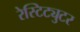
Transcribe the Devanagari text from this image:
रेस्टिट्युटर